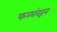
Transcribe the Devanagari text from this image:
फळांवरून